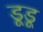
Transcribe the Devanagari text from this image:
डूडू